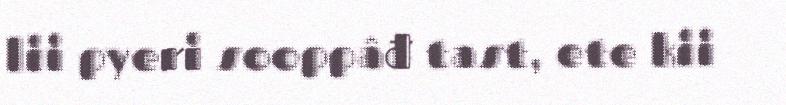
lii pyeri sooppâđ tast, ete kii